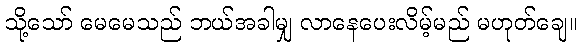
သို့သော် မေမေသည် ဘယ်အခါမျှ လာနေပေးလိမ့်မည် မဟုတ်ချေ။